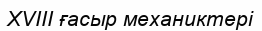
XVIII ғасыр механиктері